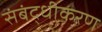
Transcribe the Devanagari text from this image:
संबंद्धीकरण